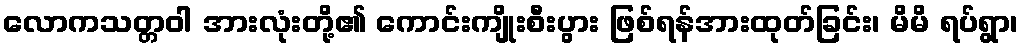
လောကသတ္တဝါ အားလုံးတို့၏ ကောင်းကျိုးစီးပွား ဖြစ်ရန်အားထုတ်ခြင်း၊ မိမိ ရပ်ရွာ၊